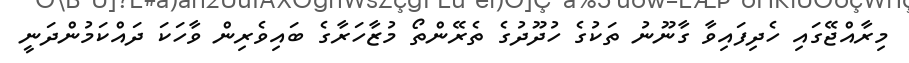
މިރާއްޖޭގައި ހެދިފައިވާ ގާނޫނު ތަކުގެ ހުދޫދުގެ ތެރޭންތޯ މުޒާހަރާގެ ބައިވެރިން ވާހަކަ ދައްކަމުންދަނީ